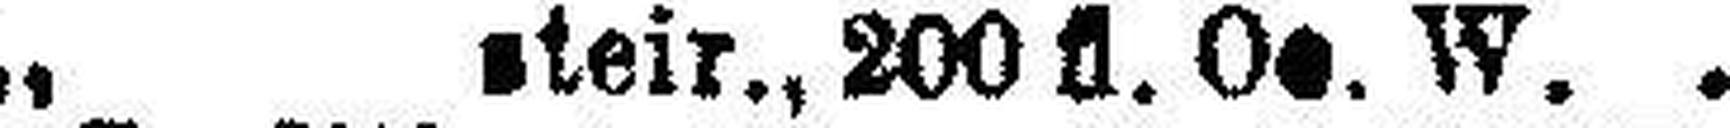
„ steir., 200 fl. Oe. W.